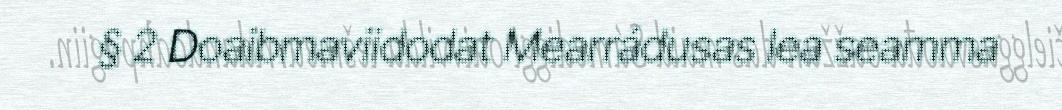
§ 2 Doaibmaviidodat Mearrádusas lea seamma